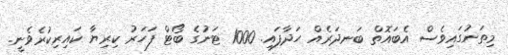
މިތަނުގައިވެސް އެބައޮތް ބަނދަރެއް ހަދާފައި. 1000 ޓަނުގެ ބޯޓް ފަހަރު ކިރިޔާ ކައިރިކުރެވެނީ.